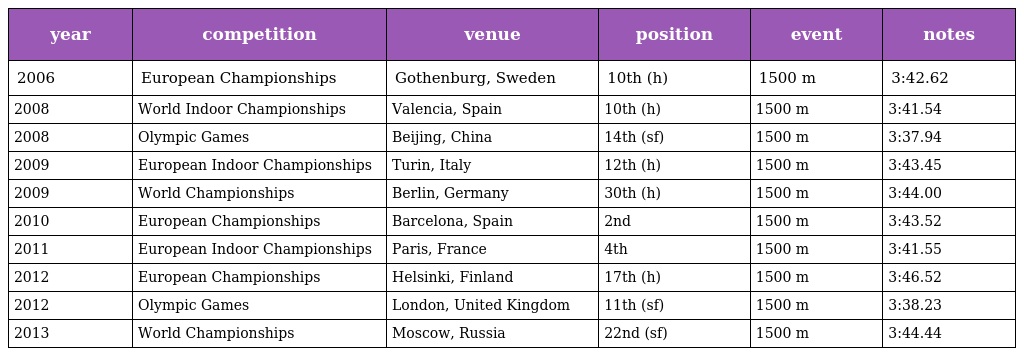
| year | competition | venue | position | event | notes |
 | --- | --- | --- | --- | --- | --- |
 | 2006 | European Championships | Gothenburg, Sweden | 10th (h) | 1500 m | 3:42.62 |
 | 2008 | World Indoor Championships | Valencia, Spain | 10th (h) | 1500 m | 3:41.54 |
 | 2008 | Olympic Games | Beijing, China | 14th (sf) | 1500 m | 3:37.94 |
 | 2009 | European Indoor Championships | Turin, Italy | 12th (h) | 1500 m | 3:43.45 |
 | 2009 | World Championships | Berlin, Germany | 30th (h) | 1500 m | 3:44.00 |
 | 2010 | European Championships | Barcelona, Spain | 2nd | 1500 m | 3:43.52 |
 | 2011 | European Indoor Championships | Paris, France | 4th | 1500 m | 3:41.55 |
 | 2012 | European Championships | Helsinki, Finland | 17th (h) | 1500 m | 3:46.52 |
 | 2012 | Olympic Games | London, United Kingdom | 11th (sf) | 1500 m | 3:38.23 |
 | 2013 | World Championships | Moscow, Russia | 22nd (sf) | 1500 m | 3:44.44 |